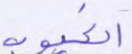
الغيوب